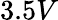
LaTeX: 3.5V